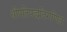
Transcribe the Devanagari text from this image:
श्रीपतिपद्धतिगणित